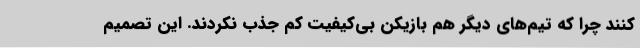
کنند چرا که تیم‌های دیگر هم بازیکن بی‌کیفیت کم جذب نکردند. این تصمیم